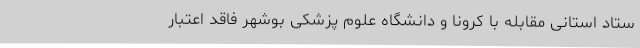
ستاد استانی مقابله با کرونا و دانشگاه علوم پزشکی بوشهر فاقد اعتبار